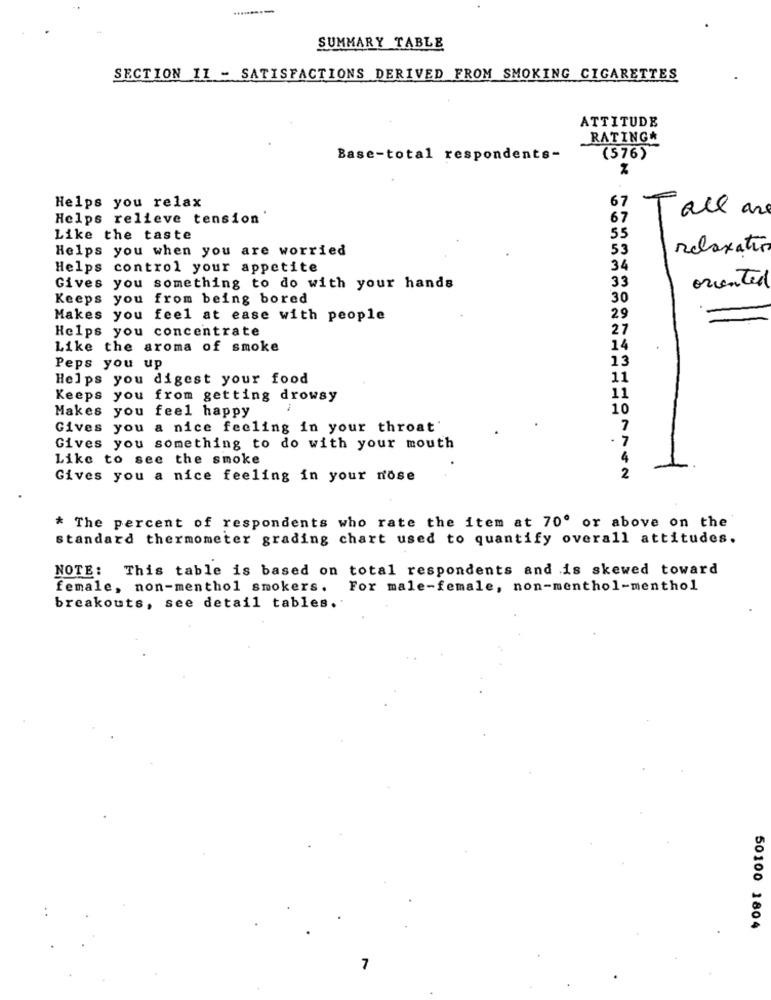
SUMMARY TABLE
SECTION 11 - SATISFACTIONS DERIVED FROM SMOKING CIGARETTES
ATTITUDE
RATING*
Base-total respondents-
(576)
67
Helps you relax
Helps relieve tension"
67
Tall are
Like the taste
55
Helps you when you are worried
53
Relaxation
Helps control your appetite
34
33
Gives you something to do with your hands
oriented
Keeps you from being bored
30
29
Makes you feel at ease with people
Helps you concentrate
27
Like the aroma of smoke
14
13
Peps you up
Helps you digest your food
11
Keeps you from getting drowsy
11
Makes you feel happy
10
Gives you a nice feeling in your throat'
7
. 7
Gives you something to do with your mouth
Like to see the smoke
4
2
Gives you a nice feeling in your nose
* The percent of respondents who rate the item at 70' or above on the
standard thermometer grading chart used to quantify overall attitudes.
NOTE: This table is based on total respondents and is skewed toward
female, non-menthol smokers.
For male-female, non-menthol-menthol
breakouts, see detail tables.
50100 1804